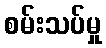
စမ်းသပ်မှု